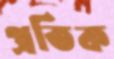
প্রতিক